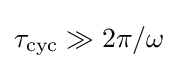
\tau _{\text{cyc}}\gg 2\pi /\omega